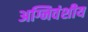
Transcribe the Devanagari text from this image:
अग्निवंशीय